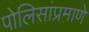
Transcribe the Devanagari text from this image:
पोलिसांप्रमाणे